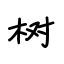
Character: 树